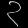
Digit: ၃